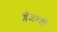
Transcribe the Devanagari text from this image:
ब्लेअरची